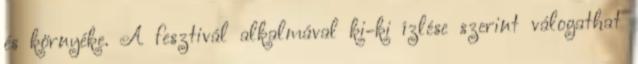
és környéke. A fesztivál alkalmával ki-ki ízlése szerint válogathat